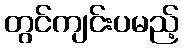
တွင်ကျင်းပမည့်